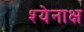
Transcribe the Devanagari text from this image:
श्येनाक्ष